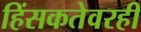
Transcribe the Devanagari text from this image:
हिंसकतेवरही